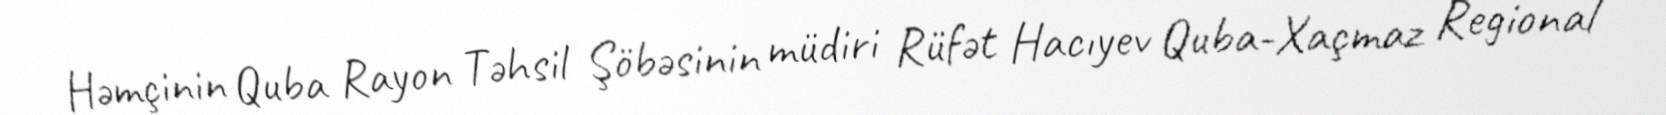
Həmçinin Quba Rayon Təhsil Şöbəsinin müdiri Rüfət Hacıyev Quba-Xaçmaz Regional